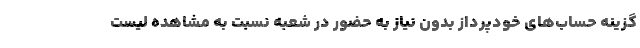
گزینه حساب‌های خودپرداز بدون نیاز به حضور در شعبه نسبت به مشاهده لیست